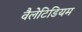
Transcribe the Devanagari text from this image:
वैलेटिडियम